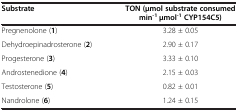
<table><thead><tr><td><b>Substrate</b></td><td><b>TON (μmol substrate consumed min<sup>-1</sup> μmol<sup>-1 </sup>CYP154C5)</b></td></tr></thead><tbody><tr><td>Pregnenolone (<b>1</b>)</td><td>3.28 ± 0.05</td></tr><tr><td>Dehydroepinadrosterone (<b>2</b>)</td><td>2.90 ± 0.17</td></tr><tr><td>Progesterone (<b>3</b>)</td><td>3.33 ± 0.10</td></tr><tr><td>Androstenedione (<b>4</b>)</td><td>2.15 ± 0.03</td></tr><tr><td>Testosterone (<b>5</b>)</td><td>0.82 ± 0.01</td></tr><tr><td>Nandrolone (<b>6</b>)</td><td>1.24 ± 0.15</td></tr></tbody></table>